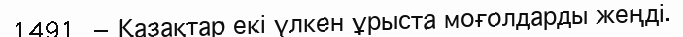
1491 — Қазақтар екі үлкен ұрыста моғолдарды жеңді.